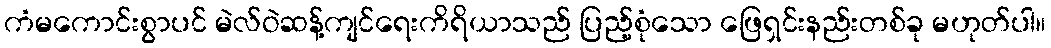
ကံမကောင်းစွာပင် မဲလ်ဝဲဆန့်ကျင်ရေးကိရိယာသည် ပြည့်စုံသော ဖြေရှင်းနည်းတစ်ခု မဟုတ်ပါ။